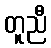
တူညီ